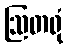
ဩတရုံ